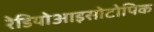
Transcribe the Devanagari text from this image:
रेडियोआइसोटोपिक